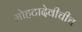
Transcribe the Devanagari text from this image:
मोहटादेवीचीच